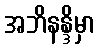
အဘိနန္ဒိမှာ